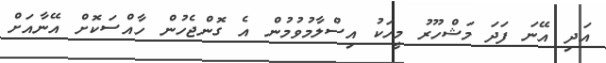
އަދި އޭނަ ފަދަ މަޝްހޫރު މީހަކު އިސްލާމުވުމުން އެ ގޮންޖެހުން ހާއްސަކޮށް އޭނާއަށް